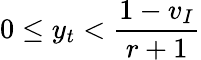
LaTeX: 0\le y_{t}<\frac{1-v_{I}}{r+1}